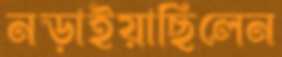
নড়াইয়াছিলেন